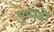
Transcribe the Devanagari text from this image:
यूनिडो